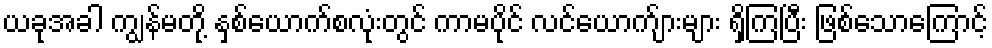
ယခုအခါ ကျွန်မတို့ နှစ်ယောက်စလုံးတွင် ကာမပိုင် လင်ယောက်ျားများ ရှိကြပြီး ဖြစ်သောကြောင့်